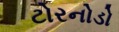
ટોરનોડો